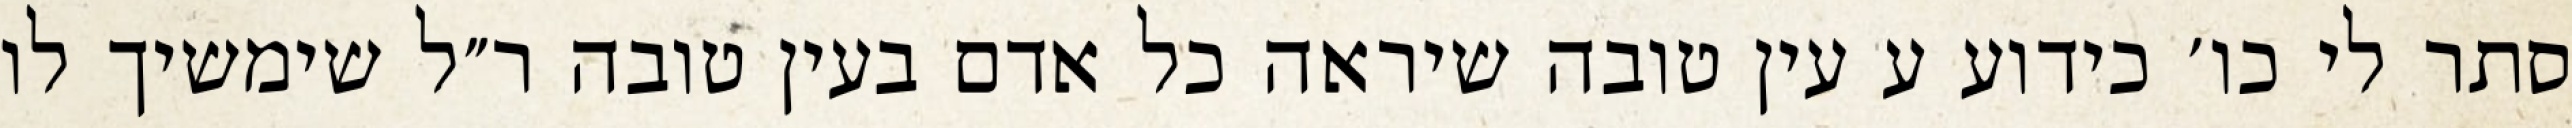
סתר לי כו׳ כידוע ע עין טובה שיראה כל אדם בעין טובה ר״ל שימשיך לו